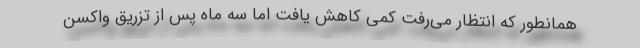
همانطور که انتظار می‌رفت کمی کاهش یافت اما سه ماه پس از تزریق واکسن